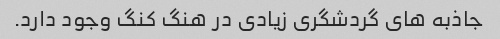
جاذبه های گردشگری زیادی در هنگ کنگ وجود دارد.